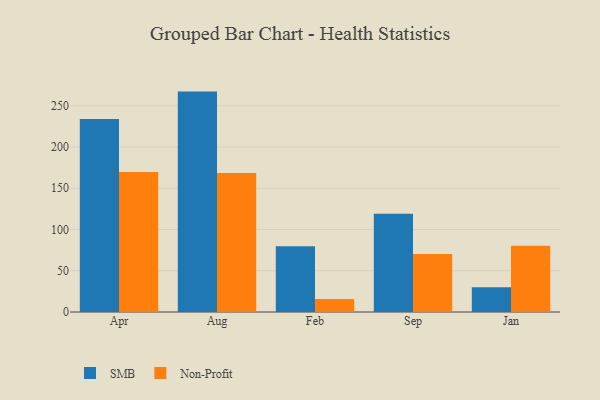
{"axis": {"x": "Month", "y": "Latency (ms)"}, "legend": ["Non-Profit", "SMB"], "data": [{"x": "Apr", "y": 234.1, "type": "SMB"}, {"x": "Apr", "y": 169.6, "type": "Non-Profit"}, {"x": "Aug", "y": 267.2, "type": "SMB"}, {"x": "Aug", "y": 168.4, "type": "Non-Profit"}, {"x": "Feb", "y": 79.6, "type": "SMB"}, {"x": "Feb", "y": 15.9, "type": "Non-Profit"}, {"x": "Sep", "y": 119.2, "type": "SMB"}, {"x": "Sep", "y": 70.2, "type": "Non-Profit"}, {"x": "Jan", "y": 29.9, "type": "SMB"}, {"x": "Jan", "y": 80.4, "type": "Non-Profit"}]}